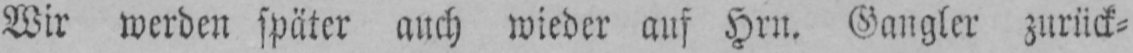
Wir werden später auch wieder auf Hrn. Gangler zuriick⸗